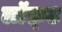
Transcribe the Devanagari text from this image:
लॉफ़्ट